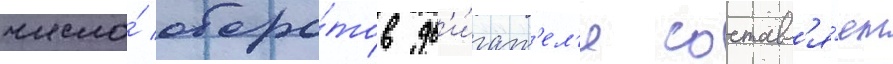
число́ оборо́тов дв'и́гат'ел'я составл'я́ет